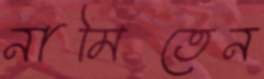
নামিতেন